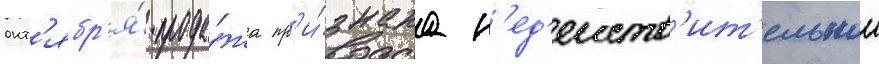
окт'ябр'я́ прода́жа пр'и́знана н'ед'еиств'ит'ельнои